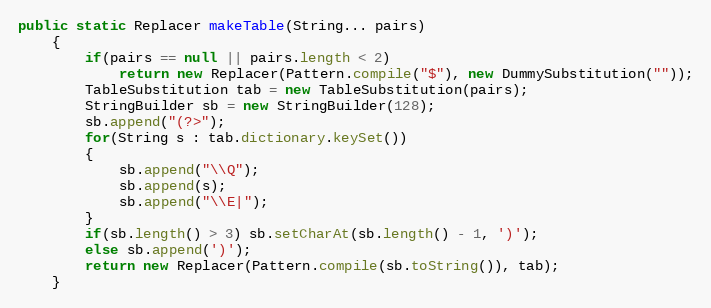
Language: Java
public static Replacer makeTable(String... pairs)
    {
        if(pairs == null || pairs.length < 2)
            return new Replacer(Pattern.compile("$"), new DummySubstitution(""));
        TableSubstitution tab = new TableSubstitution(pairs);
        StringBuilder sb = new StringBuilder(128);
        sb.append("(?>");
        for(String s : tab.dictionary.keySet())
        {
            sb.append("\\Q");
            sb.append(s);
            sb.append("\\E|");
        }
        if(sb.length() > 3) sb.setCharAt(sb.length() - 1, ')');
        else sb.append(')');
        return new Replacer(Pattern.compile(sb.toString()), tab);
    }